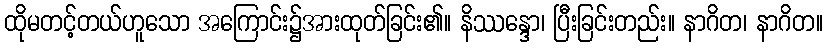
ထိုမတင့်တယ်ဟူသော အကြောင်း၌အားထုတ်ခြင်း၏။ နိဿန္ဒော၊ ပြီးခြင်းတည်း။ နာဂိတ၊ နာဂိတ။